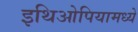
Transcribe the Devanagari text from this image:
इथिओपियामध्ये